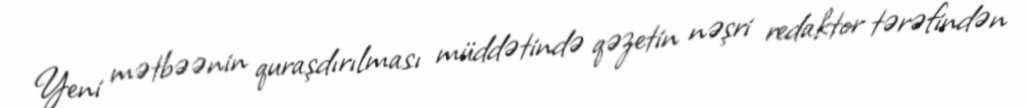
Yeni mətbəənin quraşdırılması müddətində qəzetin nəşri redaktor tərəfindən